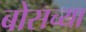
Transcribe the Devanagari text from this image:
बोसच्या